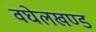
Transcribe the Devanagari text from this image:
वघेलखण्ड